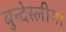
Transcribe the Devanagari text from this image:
बुन्देस्लीगा